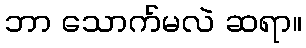
ဘာ သောက်မလဲ ဆရာ။